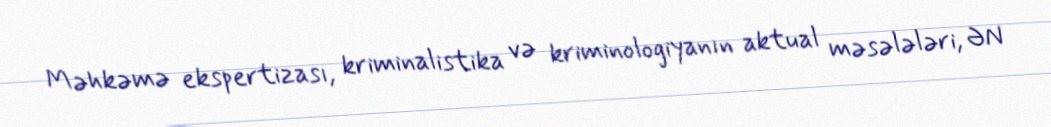
Məhkəmə ekspertizası, kriminalistika və kriminologiyanın aktual məsələləri, ƏN